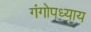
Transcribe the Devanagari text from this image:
गंगोपध्याय